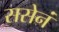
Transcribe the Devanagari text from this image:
ससेनं